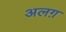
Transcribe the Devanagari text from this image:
अलग़